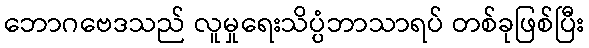
ဘောဂဗေဒသည် လူမှုရေးသိပ္ပံဘာသာရပ် တစ်ခုဖြစ်ပြီး